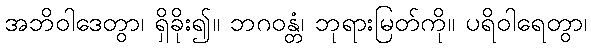
အဘိဝါဒေတွာ၊ ရှိခိုး၍။ ဘဂဝန္တံ၊ ဘုရားမြတ်ကို။ ပရိဝါရေတွာ၊